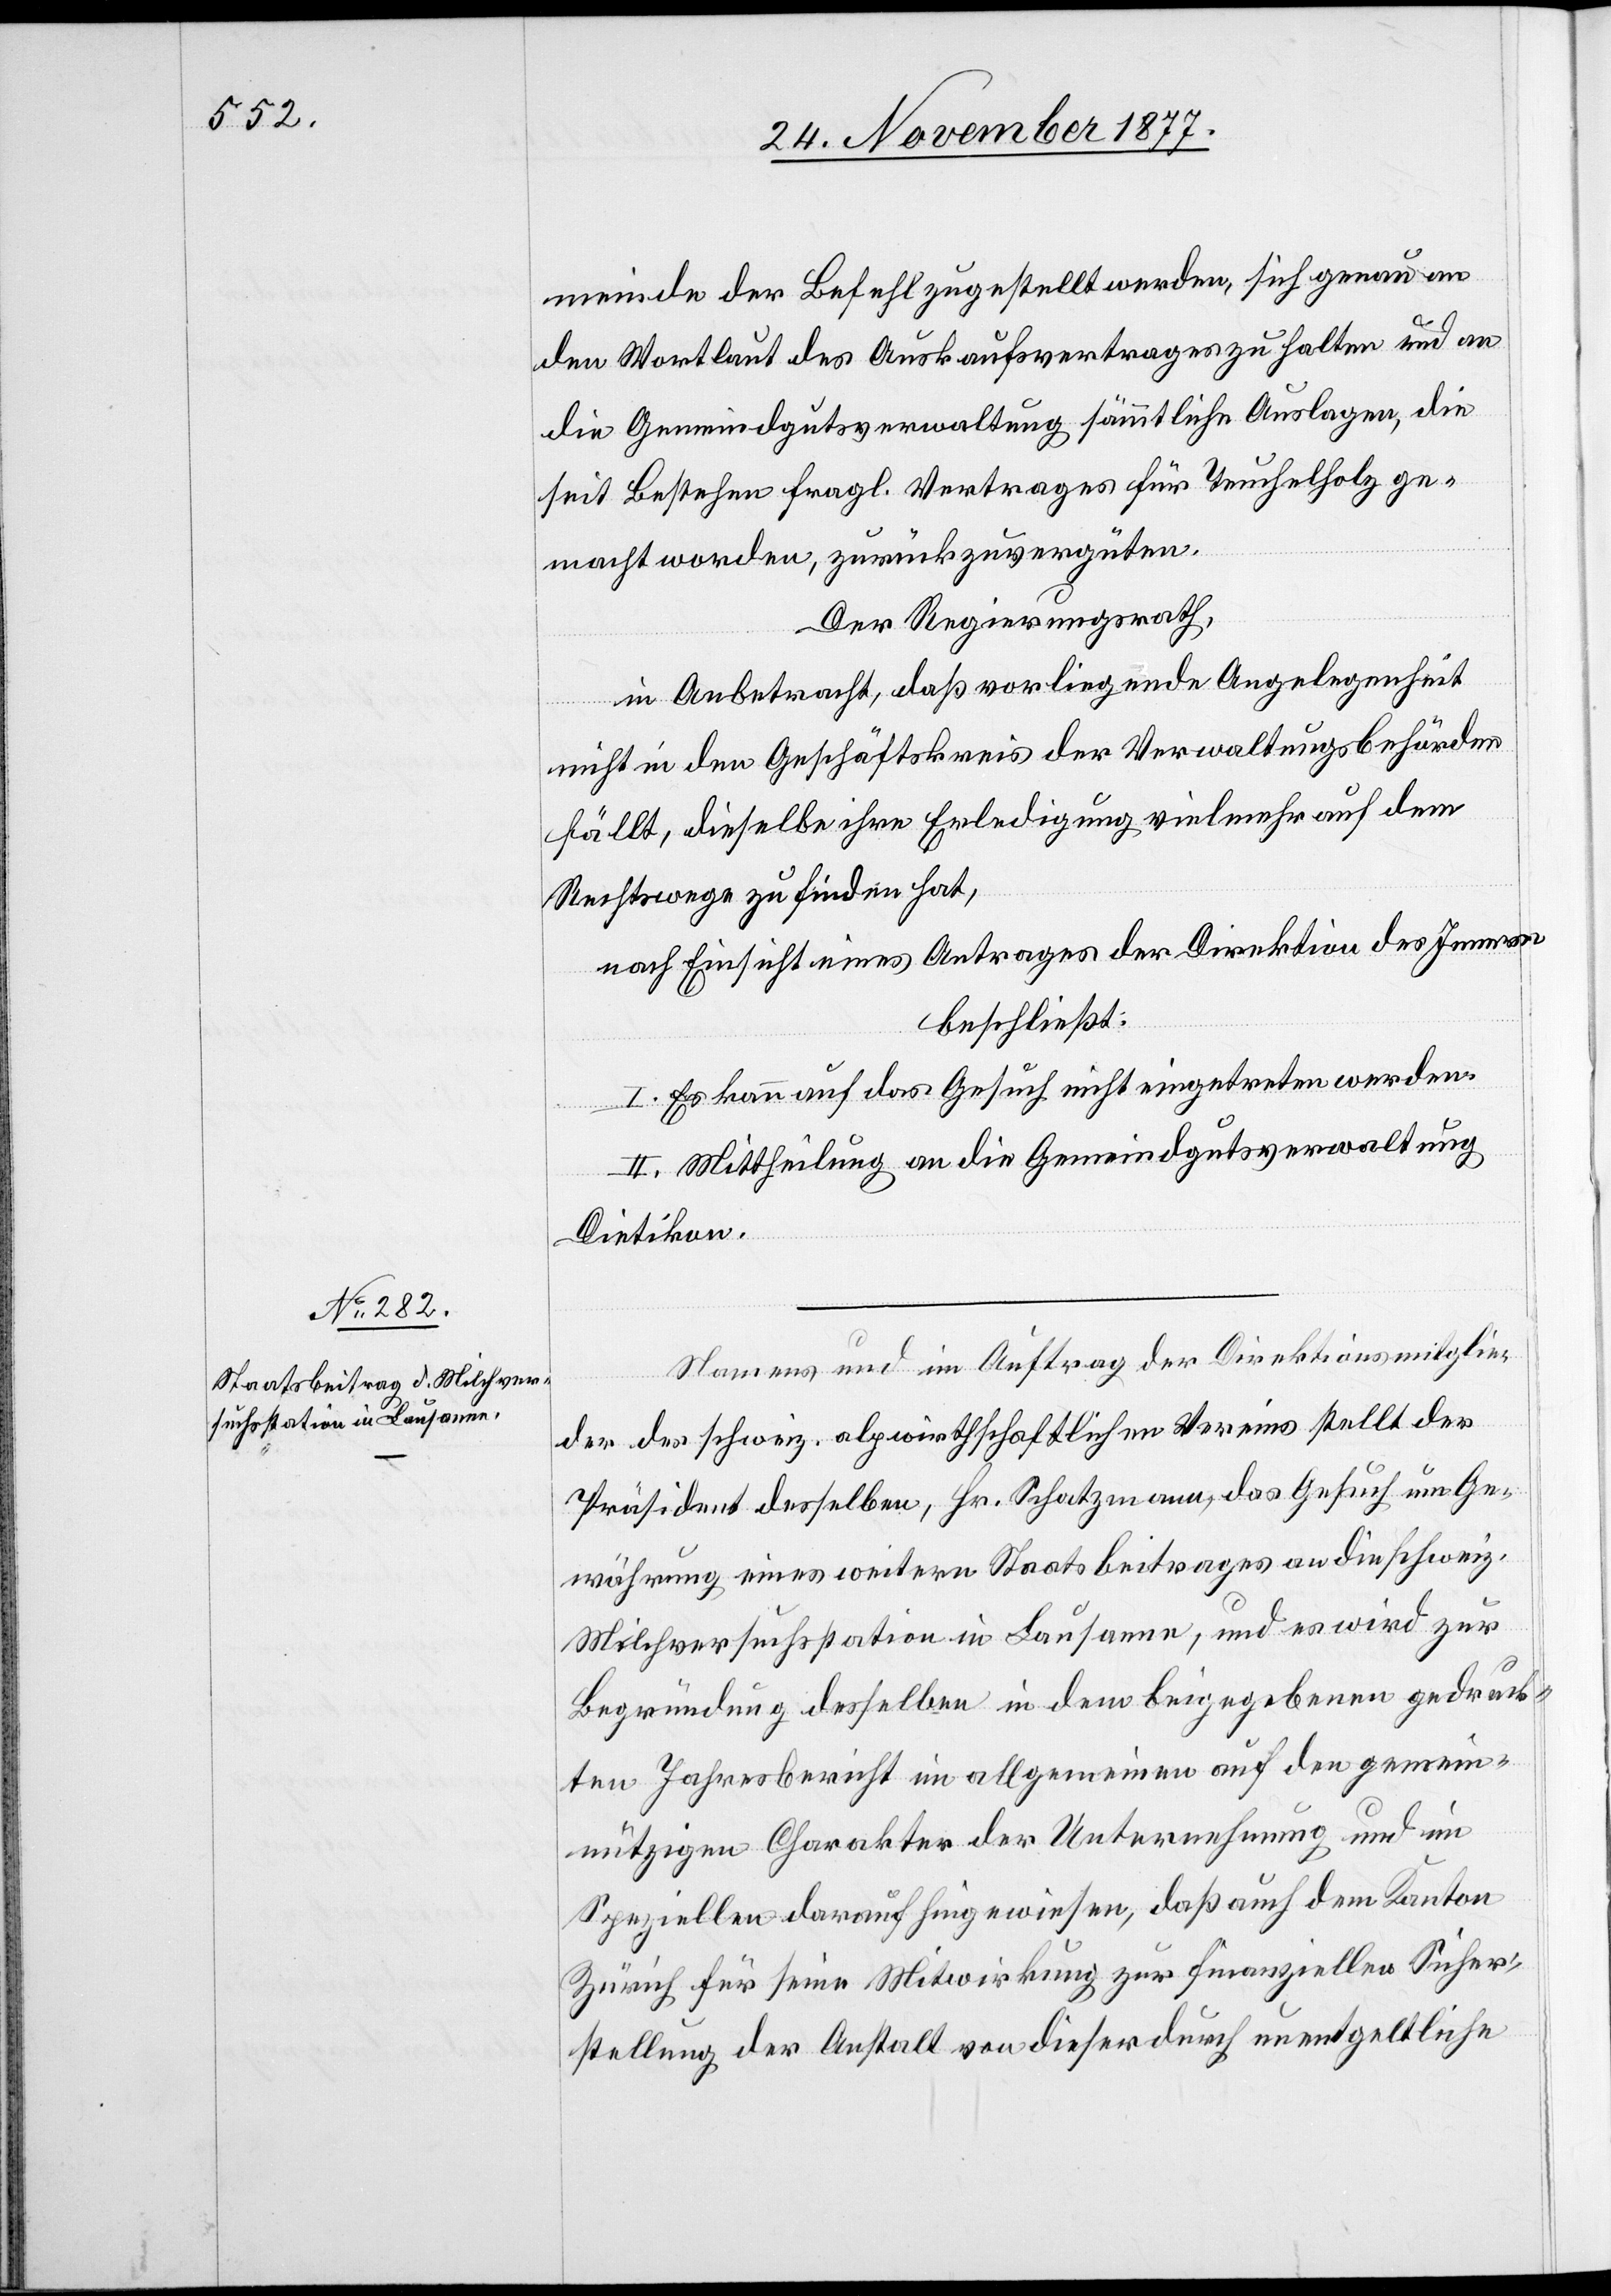
meinde der Befehl zugestellt werden, sich genau an
den Wortlaut des Auskaufsvertrages zu halten und an
die Gemeindgutsverwaltung sämmtliche Auslagen, die
seit Bestehen fragl. Vertrages für Teuchelholz ge¬
macht worden, zurückzuvergüten.
Der Regierungsrath,
in Anbetracht, daß vorliegende Angelegenheit
nicht in den Geschäftskreis der Verwaltungsbehörden
fällt, dieselbe ihre Erledigung vielmehr auf dem
Rechtswege zu finden hat,
nach Einsicht eines Antrages der Direktion des Innern
beschließt:
I. Es kann auf das Gesuch nicht eingetreten werden.
II. Mittheilung an die Gemeindgutsverwaltung
Dietikon.
Namens und im Auftrag der Direktionsmitglie¬
der des schweiz. alpwirthschaftlichen Vereins stellt der
Präsident desselben, Hr. Schatzmann, das Gesuch um Ge¬
währung eines weitern Staatsbeitrages an die schweiz.
Milchversuchsstation in Lausanne, und es wird zur
Begründung desselben in dem beigegebenen gedruck¬
ten Jahresbericht im allgemeinen auf den gemein¬
nützigen Charakter der Unternehmung und im
Speziellen darauf hingewiesen, daß auch dem Kanton
Zürich für seine Mitwirkung zur finanziellen Sicher¬
stellung der Anstalt von dieser durch unentgeltliche